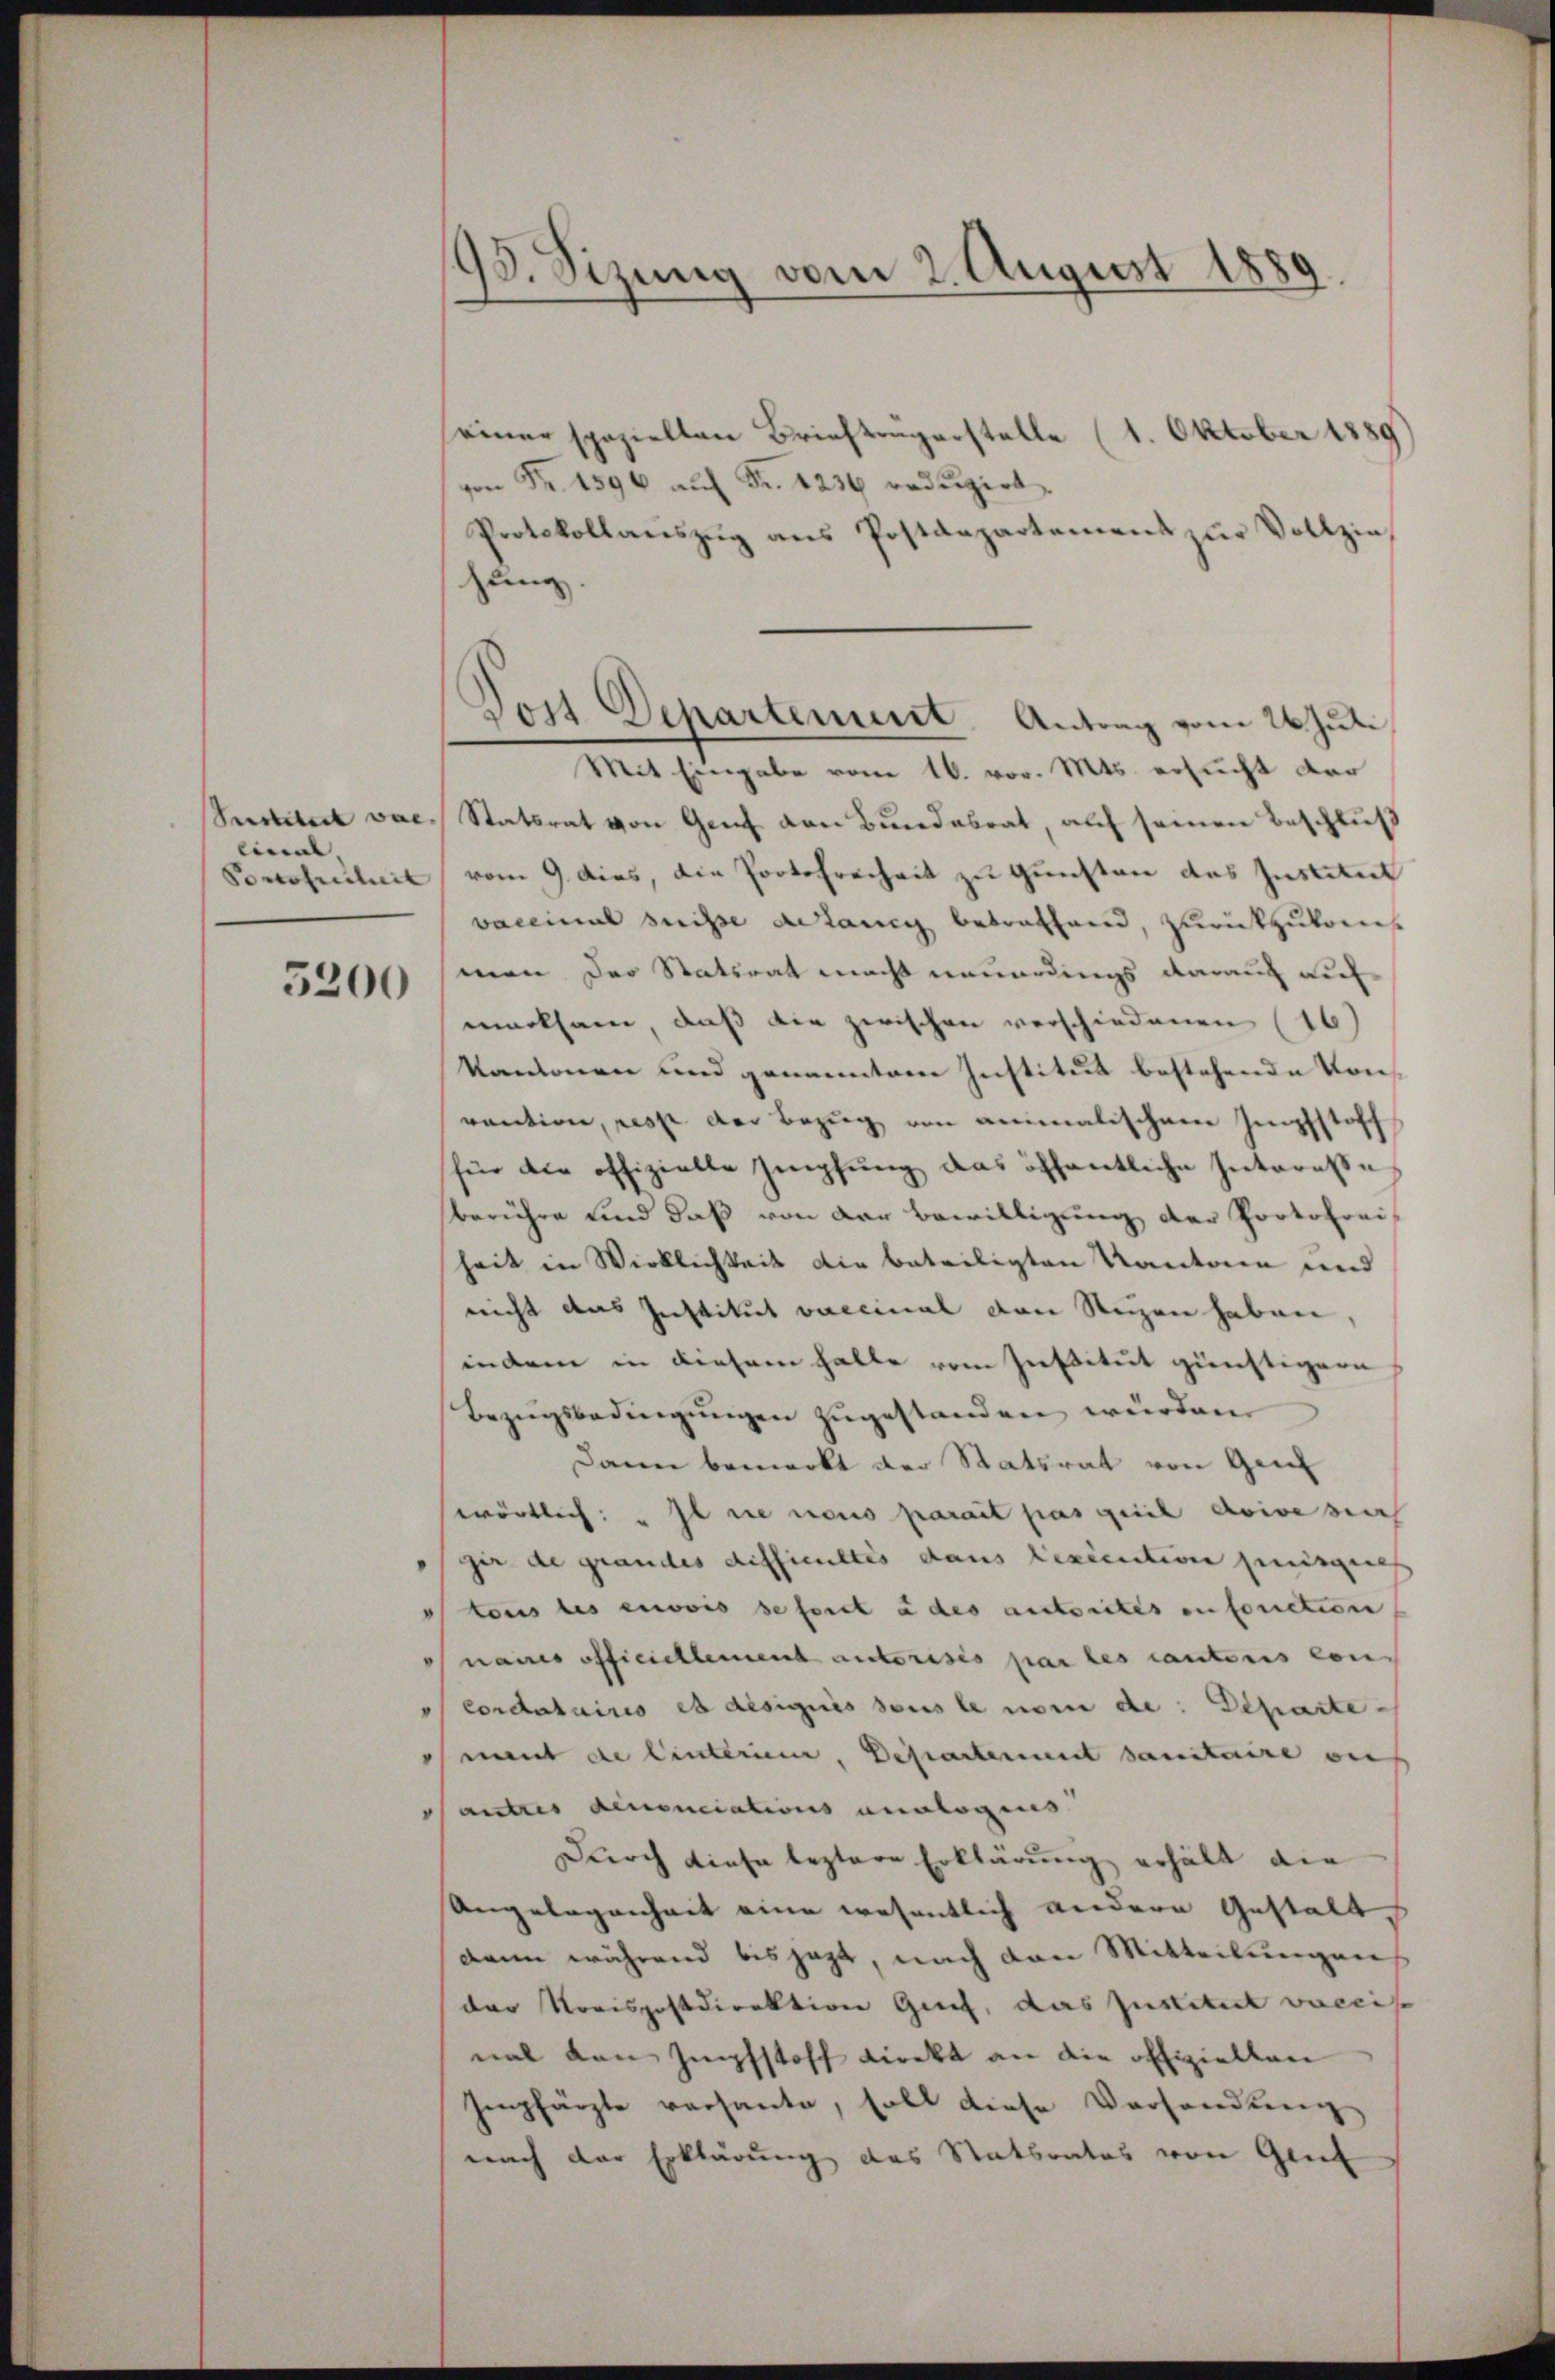
Serslebert war,
linal,

5200

193. Sizung vom 2. August 1889

seiner speziellen Briefträgerstelle (1. Oktober 1889
von Fr. 1596 aŭf Fr. 1236 redŭzirt.
Protokollaŭszŭg ans Postdepartement zŭr Vollzie
schung.
Mit Eingabe vom 16. vor. Mts. ersucht der
Statsrat von Genf von Bundesrat, auf seinen Beschluß
Ponoscheit vom 9. dies, die Portofreiheit zu Gunsten des Institut
vaccinal suisse gelang betreffend, zurückzukom
men der Statsrat macht neuerdings darauf auf
merksam, daß die zwischen verschiedenen (16)
kantonen und genanntem Institut bestehende Konvaution, resse der Bezug von animalischen Impfstoff
für die offizielle Impfung das öffentliche Interesse
berühre und daß von der Bewilligŭng der Portofrei-
heit in Wirklichkeit die beteiligten Kanton und
reicht das Institut vaccinal den Steigen haben,
indem in dieser halte vom Institut günstigern
Bezŭgsbedingŭngen zŭgestanden würden.
Dann bemerkt der Statsrat von Gen
wörtlich: „Il die nous parait pas peil doive sich
ger die grandes Aufficultés dans lexecution jenigeres
 tous les envis se fort des anstorites enfonction
Inamis officiellement autorisés par les cautoris con
Cordataires es désignés sous le nom de: Departement de Einterium, Departement sanitaire ou
Sanktes Menonciations analoges
Durch diese leztere Erklärung erhält die
Angelegenheit eine wesentlich andere Gestalt
dann während bis jezt, nach den Mitteilungens
der Kreispostdirektion Gries, das Institut vaccis
nal den Impfstoff direkt an die offizielten
Empfärzte versante, soll diese Verhandlung
nach der Erklärung des Statbrates von Glück

Tost Departement. Antrag vom 26. Juli